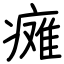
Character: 瘫